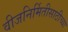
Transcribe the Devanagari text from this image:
वीजनिर्मितीसाठीच्या